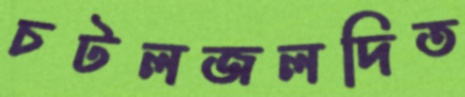
চটলজলদিত